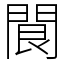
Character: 䦘